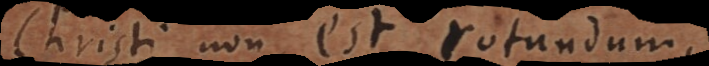
Christi non est rotundum,